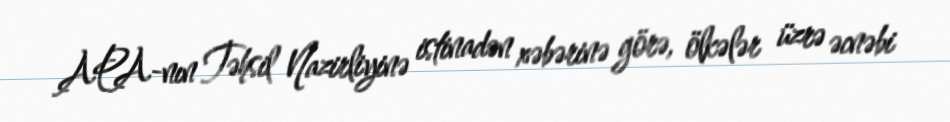
APA-nın Təhsil Nazirliyinə istinadən xəbərinə görə, ölkələr üzrə əcnəbi